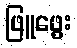
ဖြူဖွေး